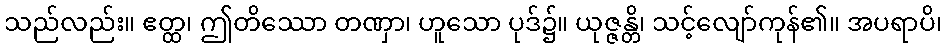
သည်လည်း။ ဧတ္ထ၊ ဤတိဿော တဏှာ၊ ဟူသော ပုဒ်၌။ ယုဇ္ဇန္တိ၊ သင့်လျော်ကုန်၏။ အပရာပိ၊